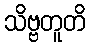
သိဗ္ဗတူတိ